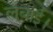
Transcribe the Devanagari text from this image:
लंबाई।